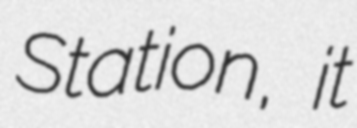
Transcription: Station, it